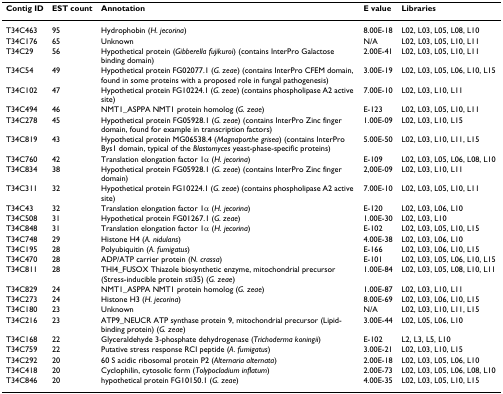
<table><thead><tr><td><b>Contig ID</b></td><td><b>EST count</b></td><td><b>Annotation</b></td><td><b>E value</b></td><td><b>Libraries</b></td></tr></thead><tbody><tr><td>T34C463</td><td>95</td><td>Hydrophobin (<i>H. jecorina</i>)</td><td>8.00E-18</td><td>L02, L03, L05, L08, L10</td></tr><tr><td>T34C176</td><td>65</td><td>Unknown</td><td>N/A</td><td>L02, L03, L05, L10, L11</td></tr><tr><td>T34C29</td><td>56</td><td>Hypothetical protein (<i>Gibberella fujikuroi</i>) (contains InterPro Galactose binding domain)</td><td>2.00E-41</td><td>L02, L03, L05, L10, L11</td></tr><tr><td>T34C54</td><td>49</td><td>Hypothetical protein FG02077.1 (<i>G. zeae</i>) (contains InterPro CFEM domain, found in some proteins with a proposed role in fungal pathogenesis)</td><td>3.00E-19</td><td>L02, L03, L05, L06, L10, L15</td></tr><tr><td>T34C102</td><td>47</td><td>Hypothetical protein FG10224.1 (<i>G. zeae</i>) (contains phospholipase A2 active site)</td><td>7.00E-10</td><td>L02, L03, L10, L11</td></tr><tr><td>T34C494</td><td>46</td><td>NMT1_ASPPA NMT1 protein homolog (<i>G. zeae</i>)</td><td>E-123</td><td>L02, L03, L05, L10, L11</td></tr><tr><td>T34C278</td><td>45</td><td>Hypothetical protein FG05928.1 (<i>G. zeae</i>) (contains InterPro Zinc finger domain, found for example in transcription factors)</td><td>1.00E-09</td><td>L02, L03, L10, L15</td></tr><tr><td>T34C819</td><td>43</td><td>Hypothetical protein MG06538.4 (<i>Magnaporthe grisea</i>) (contains InterPro Bys1 domain, typical of the <i>Blastomyces </i>yeast-phase-specific proteins)</td><td>5.00E-50</td><td>L02, L03, L10, L11, L15</td></tr><tr><td>T34C760</td><td>42</td><td>Translation elongation factor 1α (<i>H. jecorina</i>)</td><td>E-109</td><td>L02, L03, L05, L06, L08, L10</td></tr><tr><td>T34C834</td><td>38</td><td>Hypothetical protein FG05928.1 (<i>G. zeae</i>) (contains InterPro Zinc finger domain)</td><td>2,00E-09</td><td>L02, L03, L10, L11</td></tr><tr><td>T34C311</td><td>32</td><td>Hypothetical protein FG10224.1 (<i>G. zeae</i>) (contains phospholipase A2 active site)</td><td>7.00E-10</td><td>L02, L03, L05, L10, L11</td></tr><tr><td>T34C43</td><td>32</td><td>Translation elongation factor 1α (<i>H. jecorina</i>)</td><td>E-120</td><td>L02, L03, L06, L10</td></tr><tr><td>T34C508</td><td>31</td><td>Hypothetical protein FG01267.1 (<i>G. zeae</i>)</td><td>1.00E-30</td><td>L02, L03, L10</td></tr><tr><td>T34C848</td><td>31</td><td>Translation elongation factor 1α (<i>H. jecorina</i>)</td><td>E-102</td><td>L02, L03, L05, L10, L15</td></tr><tr><td>T34C748</td><td>29</td><td>Histone H4 (<i>A. nidulans</i>)</td><td>4.00E-38</td><td>L02, L03, L06, L10</td></tr><tr><td>T34C195</td><td>28</td><td>Polyubiquitin (<i>A. fumigatus</i>)</td><td>E-166</td><td>L02, L03, L06, L10, L15</td></tr><tr><td>T34C470</td><td>28</td><td>ADP/ATP carrier protein (<i>N. crassa</i>)</td><td>E-101</td><td>L02, L03, L05, L06, L10, L15</td></tr><tr><td>T34C811</td><td>28</td><td>THI4_FUSOX Thiazole biosynthetic enzyme, mitochondrial precursor (Stress-inducible protein sti35) (<i>G. zeae</i>)</td><td>1.00E-84</td><td>L02, L03, L05, L08, L10, L11</td></tr><tr><td>T34C829</td><td>24</td><td>NMT1_ASPPA NMT1 protein homolog (<i>G. zeae</i>)</td><td>1.00E-87</td><td>L02, L03, L10, L11</td></tr><tr><td>T34C273</td><td>24</td><td>Histone H3 (<i>H. jecorina</i>)</td><td>8.00E-69</td><td>L02, L03, L06, L10, L15</td></tr><tr><td>T34C180</td><td>23</td><td>Unknown</td><td>N/A</td><td>L02, L03, L10, L11, L15</td></tr><tr><td>T34C216</td><td>23</td><td>ATP9_NEUCR ATP synthase protein 9, mitochondrial precursor (Lipid-binding protein) (<i>G. zeae</i>)</td><td>3.00E-44</td><td>L02, L05, L06, L10</td></tr><tr><td>T34C168</td><td>22</td><td>Glyceraldehyde 3-phosphate dehydrogenase (<i>Trichoderma koningii</i>)</td><td>E-102</td><td>L2, L3, L5, L10</td></tr><tr><td>T34C759</td><td>22</td><td>Putative stress response RCI peptide (<i>A. fumigatus</i>)</td><td>3.00E-21</td><td>L02, L03, L10, L15</td></tr><tr><td>T34C292</td><td>20</td><td>60 S acidic ribosomal protein P2 (<i>Alternaria alternata</i>)</td><td>2.00E-18</td><td>L02, L03, L05, L06, L10</td></tr><tr><td>T34C418</td><td>20</td><td>Cyclophilin, cytosolic form (<i>Tolypocladium inflatum</i>)</td><td>2.00E-73</td><td>L02, L03, L05, L06, L08, L10</td></tr><tr><td>T34C846</td><td>20</td><td>hypothetical protein FG10150.1 (<i>G. zeae</i>)</td><td>4.00E-35</td><td>L02, L03, L05, L10, L15</td></tr></tbody></table>